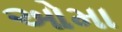
ઓમા